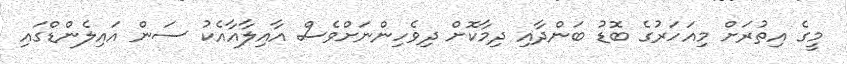
މީގެ އިތުރަށް މިއަހަރުގެ ބޮޑު ބަންދާއި ދިމާކޮށް ދިވެހިންނަށްވެސް އާއިލާއާއެކު ސަން އައިލެންޑްގައި